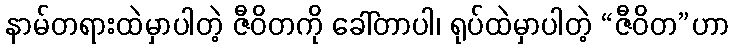
နာမ်တရားထဲမှာပါတဲ့ ဇီဝိတကို ခေါ်တာပါ၊ ရုပ်ထဲမှာပါတဲ့ “ဇီဝိတ”ဟာ